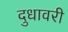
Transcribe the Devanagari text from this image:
दुधावरी